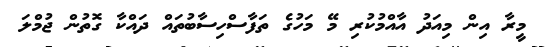
މީރާ އިން މިއަދު އާއްމުކުރި މޭ މަހުގެ ތަފާސްހިސާބުތައް ދައްކާ ގޮތުން ޖުމްލަ